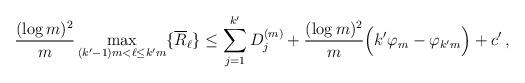
LaTeX: \begin{align*}\frac{(\log m)^2}{m} \max_{(k'-1)m < \ell \le k' m} \{ \overline{R}_{\ell} \}\le \sum_{j=1}^{k'} D_j^{(m)} + \frac{(\log m)^2}{m} \Big( k' \varphi_m - \varphi_{k' m} \Big)+ c' \,,\end{align*}